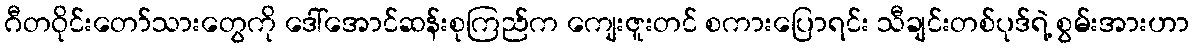
ဂီတဝိုင်းတော်သားတွေကို ဒေါ်အောင်ဆန်းစုကြည်က ကျေးဇူးတင် စကားပြောရင်း သီချင်းတစ်ပုဒ်ရဲ့ စွမ်းအားဟာ